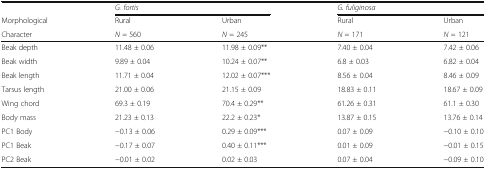
<table><thead><tr><td></td><td colspan="2"><b><i>G. fortis</i></b></td><td colspan="2"><b><i>G. fuliginosa</i></b></td></tr><tr><td><b>Morphological</b></td><td><b>Rural</b></td><td><b>Urban</b></td><td><b>Rural</b></td><td><b>Urban</b></td></tr><tr><td><b>Character</b></td><td><b><i>N</i> = 560</b></td><td><b><i>N</i> = 245</b></td><td><b><i>N</i> = 171</b></td><td><b><i>N</i> = 121</b></td></tr></thead><tbody><tr><td>Beak depth</td><td>11.48 ± 0.06</td><td>11.98 ± 0.09**</td><td>7.40 ± 0.04</td><td>7.42 ± 0.06</td></tr><tr><td>Beak width</td><td>9.89 ± 0.04</td><td>10.24 ± 0.07**</td><td>6.8 ± 0.03</td><td>6.82 ± 0.04</td></tr><tr><td>Beak length</td><td>11.71 ± 0.04</td><td>12.02 ± 0.07***</td><td>8.56 ± 0.04</td><td>8.46 ± 0.09</td></tr><tr><td>Tarsus length</td><td>21.00 ± 0.06</td><td>21.15 ± 0.09</td><td>18.83 ± 0.11</td><td>18.67 ± 0.09</td></tr><tr><td>Wing chord</td><td>69.3 ± 0.19</td><td>70.4 ± 0.29**</td><td>61.26 ± 0.31</td><td>61.1 ± 0.30</td></tr><tr><td>Body mass</td><td>21.23 ± 0.13</td><td>22.2 ± 0.23*</td><td>13.87 ± 0.15</td><td>13.76 ± 0.14</td></tr><tr><td>PC1 Body</td><td>−0.13 ± 0.06</td><td>0.29 ± 0.09***</td><td>0.07 ± 0.09</td><td>−0.10 ± 0.10</td></tr><tr><td>PC1 Beak</td><td>−0.17 ± 0.07</td><td>0.40 ± 0.11***</td><td>0.01 ± 0.09</td><td>−0.01 ± 0.15</td></tr><tr><td>PC2 Beak</td><td>−0.01 ± 0.02</td><td>0.02 ± 0.03</td><td>0.07 ± 0.04</td><td>−0.09 ± 0.10</td></tr></tbody></table>